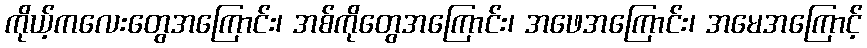
ကိုယ့်ကလေးတွေအကြောင်း၊ အစ်ကိုတွေအကြောင်း၊ အဖေအကြောင်း၊ အမေအကြောင့်